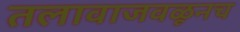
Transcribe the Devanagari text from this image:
तलावाजवळूनच